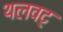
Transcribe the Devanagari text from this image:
थलवट्